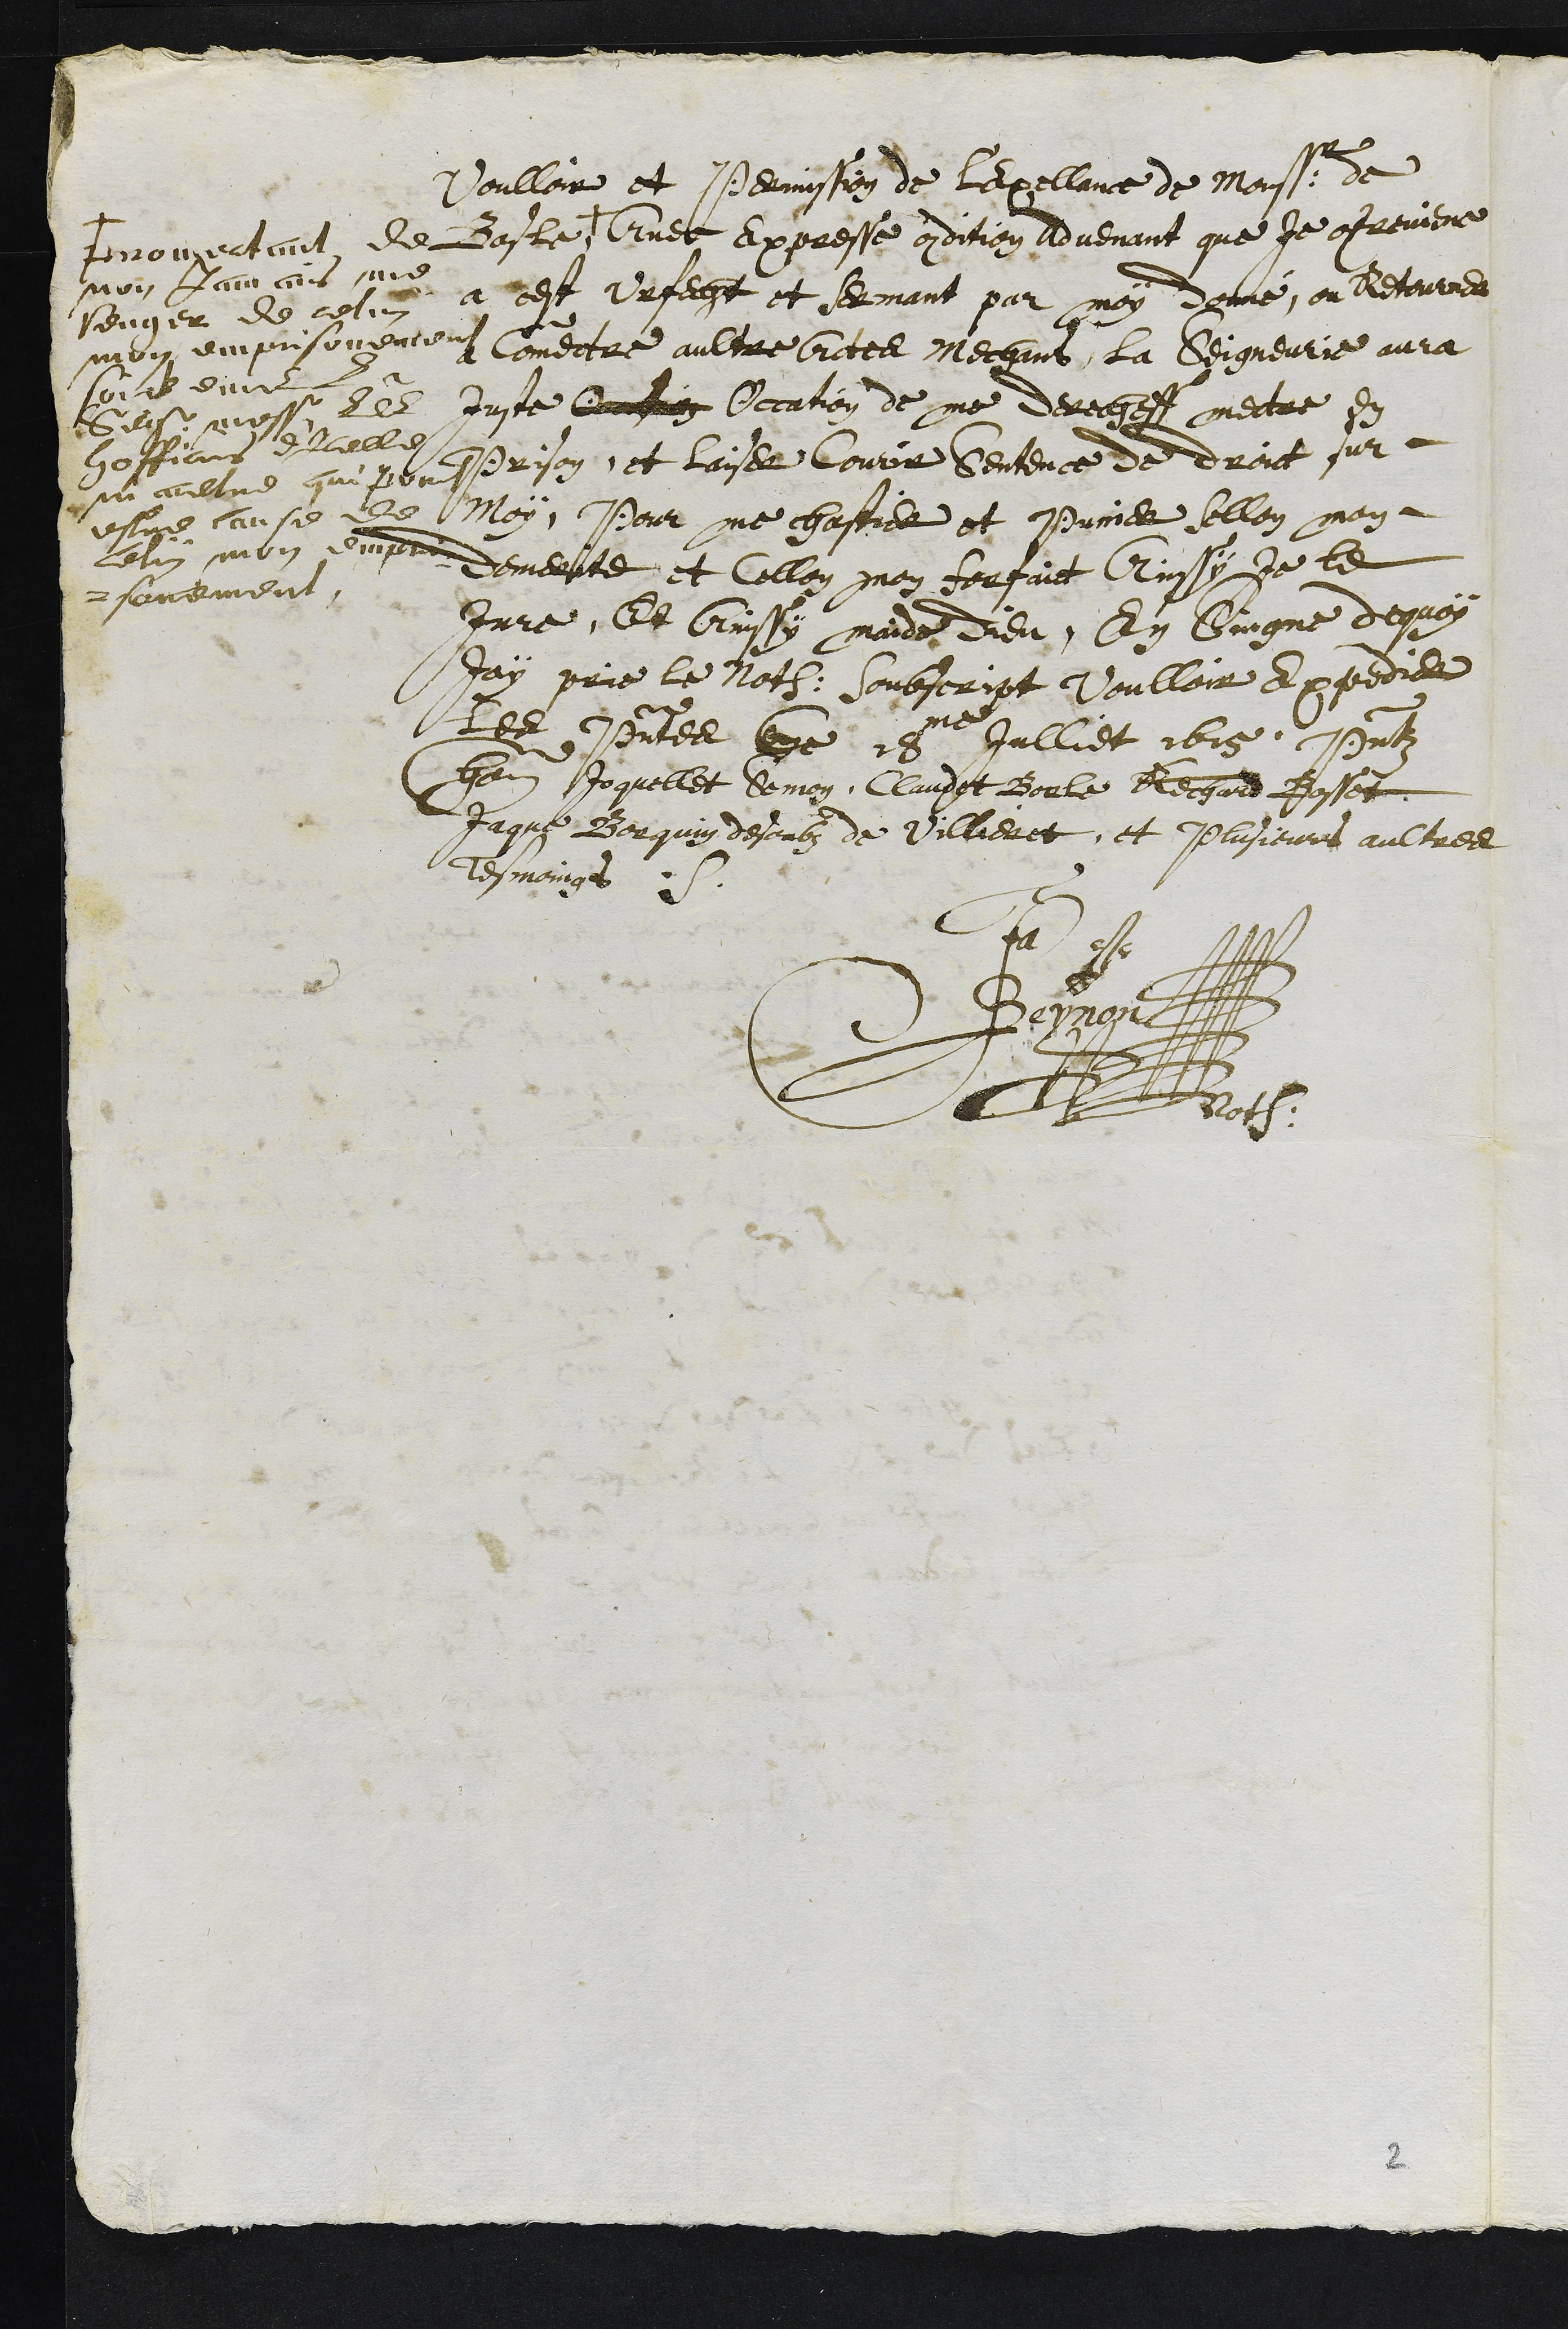
Voulloir et Permission de l'Excellance de Monss: de
Basle
+
promectant de
non Jamais me
venger de celui
mon emprisonnement
soit envers la
Seigr messr les
hofficiers d'icelle
ni aultre qui peut
estre cause de
celuy mon empri¬
sonnement
Avec expresse condition advenant que je contreviene
a cest Urfecht et sermant par moy donné, ou Retourner
a Commectre aultre actes mechans, la Seigneurie aura
Juste Occasion Occation de me derechef mettre en
Prison, et laisser courir sentence de droit sur
Moy, Pour me chastier et punir sellon mon
demerite et cellon mon forfait Ainssy je le
jure, Et Ainssy maide dieu, En Singne dequoy
jay prie le noth: soubscript voulloir Expedier
Les presentes Ce 18me Julliet 1615, presentz
hon Joquellet Semon, Claudot Borle Rechard Bosset
Jaque Borquin desoubz de Villieret, et plusieurs aultres
tesmoings
Ja
Beynon
Not:
2